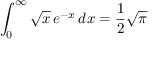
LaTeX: \int _ { 0 } ^ { \infty } { \sqrt { x } } \, e ^ { - x } \, d x = { \frac { 1 } { 2 } } { \sqrt { \pi } }